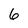
Character: 6